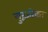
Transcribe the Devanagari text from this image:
गुरूजीका